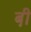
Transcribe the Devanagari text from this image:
बी़